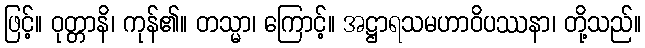
ဖြင့်။ ဝုတ္တာနိ၊ ကုန်၏။ တသ္မာ၊ ကြောင့်။ အဋ္ဌာရသမဟာဝိပဿနာ၊ တို့သည်။